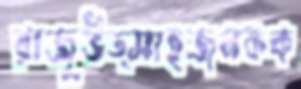
রাজুউত্সাহজনকক